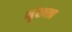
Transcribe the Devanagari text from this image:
शॄंख्ला